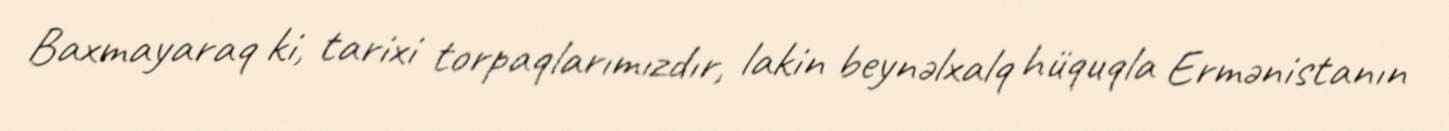
Baxmayaraq ki, tarixi torpaqlarımızdır, lakin beynəlxalq hüquqla Ermənistanın